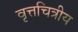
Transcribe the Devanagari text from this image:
वृत्तचित्रीय